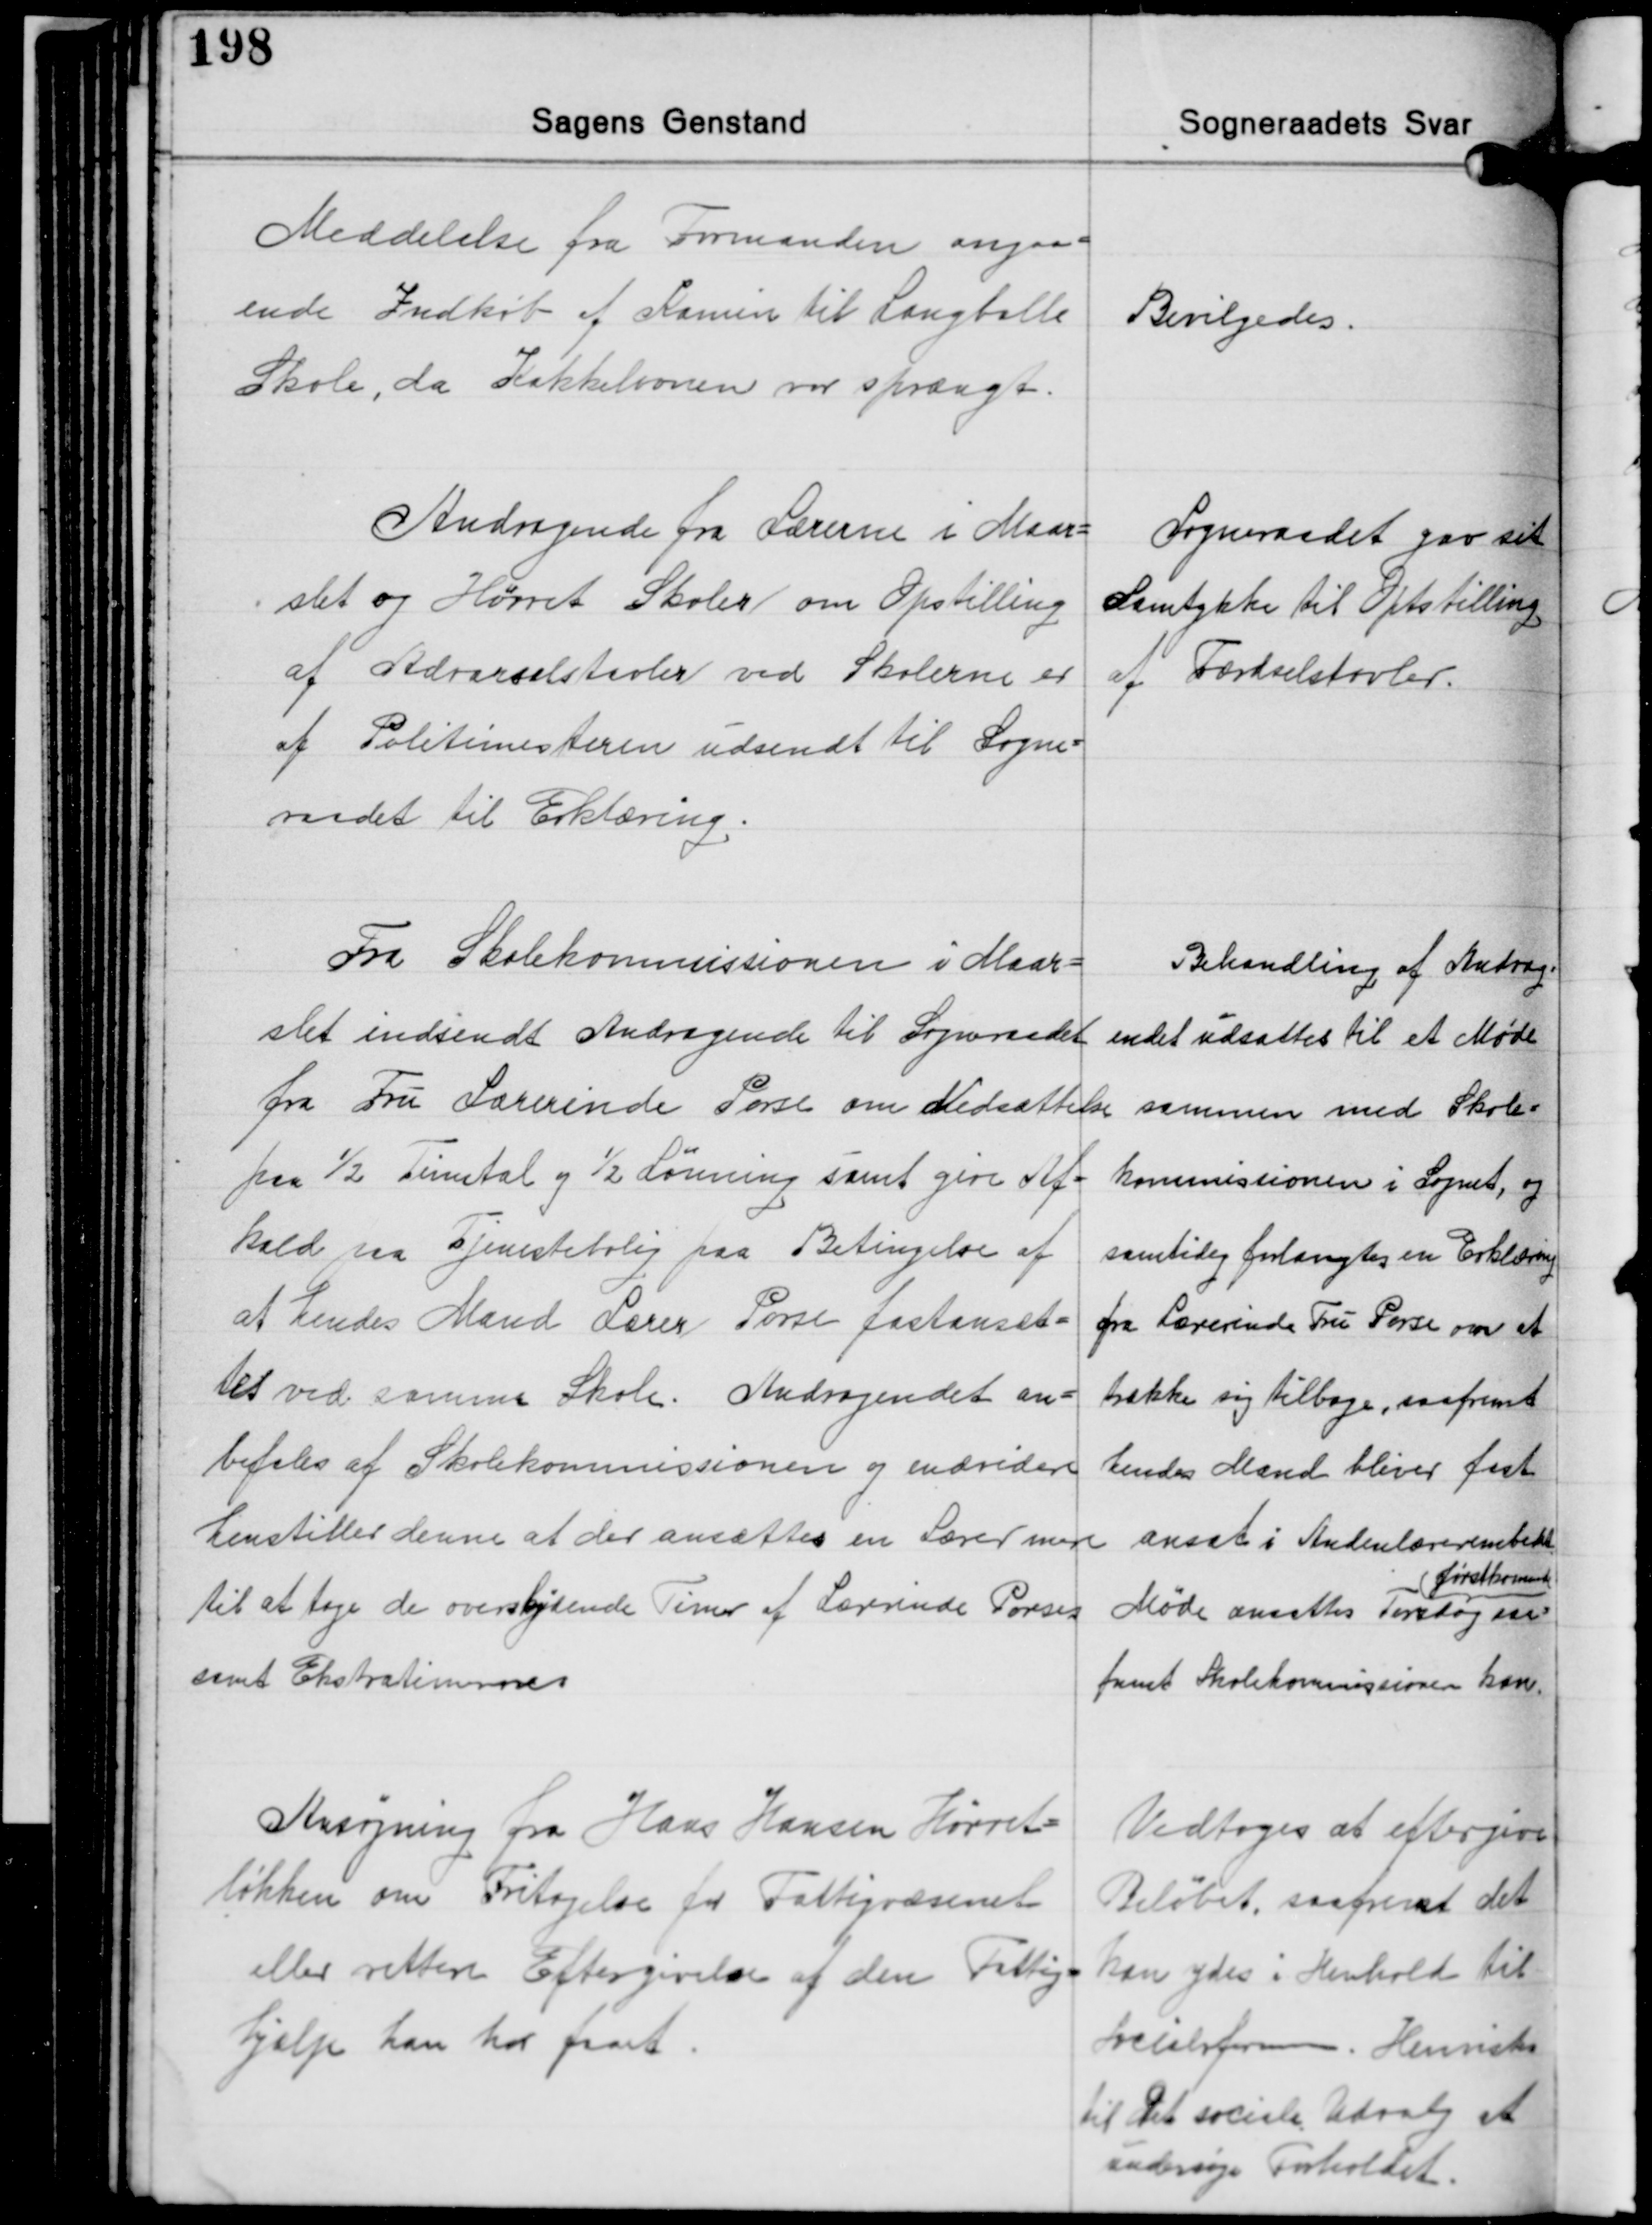
Transskription:
Meddelelse fra Formanden angaa-
ende Indkøb af Komin til Langballe
Skole, da Kakkelovnen var sprængt.

Bevilgedes.

Andragende fra Lærerne i Maar-
slet og Hørret Skoler om Opstilling
af Advarselstavler ved Skolerne er
af Politimesteren udsendt til Sogne-
raadet til Erklæring.

Sogneraadet gav sit
Samtykke til Optstilling
af Færdselstavler.

Fra Skolekommissionen i Maar-
slet indsendt Andragende til Sogneraadet
fra Fru Lærerinde Porse om Nedsættelse
paa ½ Timetal og ½ Lønning samt give Af-
kald paa Tjenestebolig paa Betingelse af
at hendes Mand Lærer Porse fastansæt-
tes ved samme Skole. Andragendet an-
befales af Skolekommissionen og endvidere
henstiller denne at der ansættes en Lærer mere
til at tage de overskydende Timer af Lærrinde Porses
samt Ekstratimerne

Behandling af Andrag-

endet udsattes til et Møde

sammen med Skole-

kommissionen i Sognet, og

samtidig forlangtes en Erklæring

fra Lærerende Fru Porse om at

trække sig tilbage, saafremt

hendes Mand bliver fast

ansat i Andenlærerembedet

førstkommende

Møde ansattes Tirsdag saa-

fremt Skolekommissionen kan.

Ansøgning fra Hans Hansen Hørret-
løkken om Fritagelse for Fattigvæsenet
eller rettere Eftergivelse af den Fattig-
hjælp han har faaet.

Vedtoges at eftergive
Beløbet, saafremt det
kan ydes i Henhold til
Socialreformen. Henvistes
til Det sociale Udvalg at
undersøge Forholdet